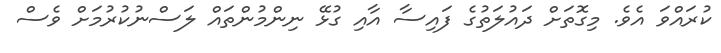
ކުރައްވަ އެވެ. މިގޮތަށް ދައުލަތުގެ ފައިސާ އާއި ގުޅޭ ނިންމުންތައް ލަސްނުކުރުމަށް ވެސް